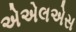
એએલએસ